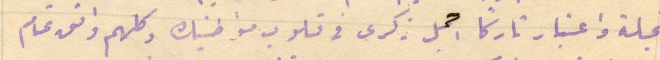
تجلة واعتبار تاركًا اجمل ذكرى في قلوب مواطنيك وكلهم واثق تمام